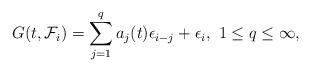
LaTeX: \begin{align*} G(t, \mathcal{F}_i)=\sum_{j=1}^q a_j(t) \epsilon_{i-j}+\epsilon_i, \ 1 \leq q \leq \infty,\end{align*}